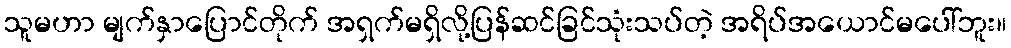
သူမဟာ မျက်နှာပြောင်တိုက် အရှက်မရှိလို့ပြန်ဆင်ခြင်သုံးသပ်တဲ့ အရိပ်အယောင်မပေါ်ဘူး။